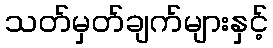
သတ်မှတ်ချက်များနှင့်